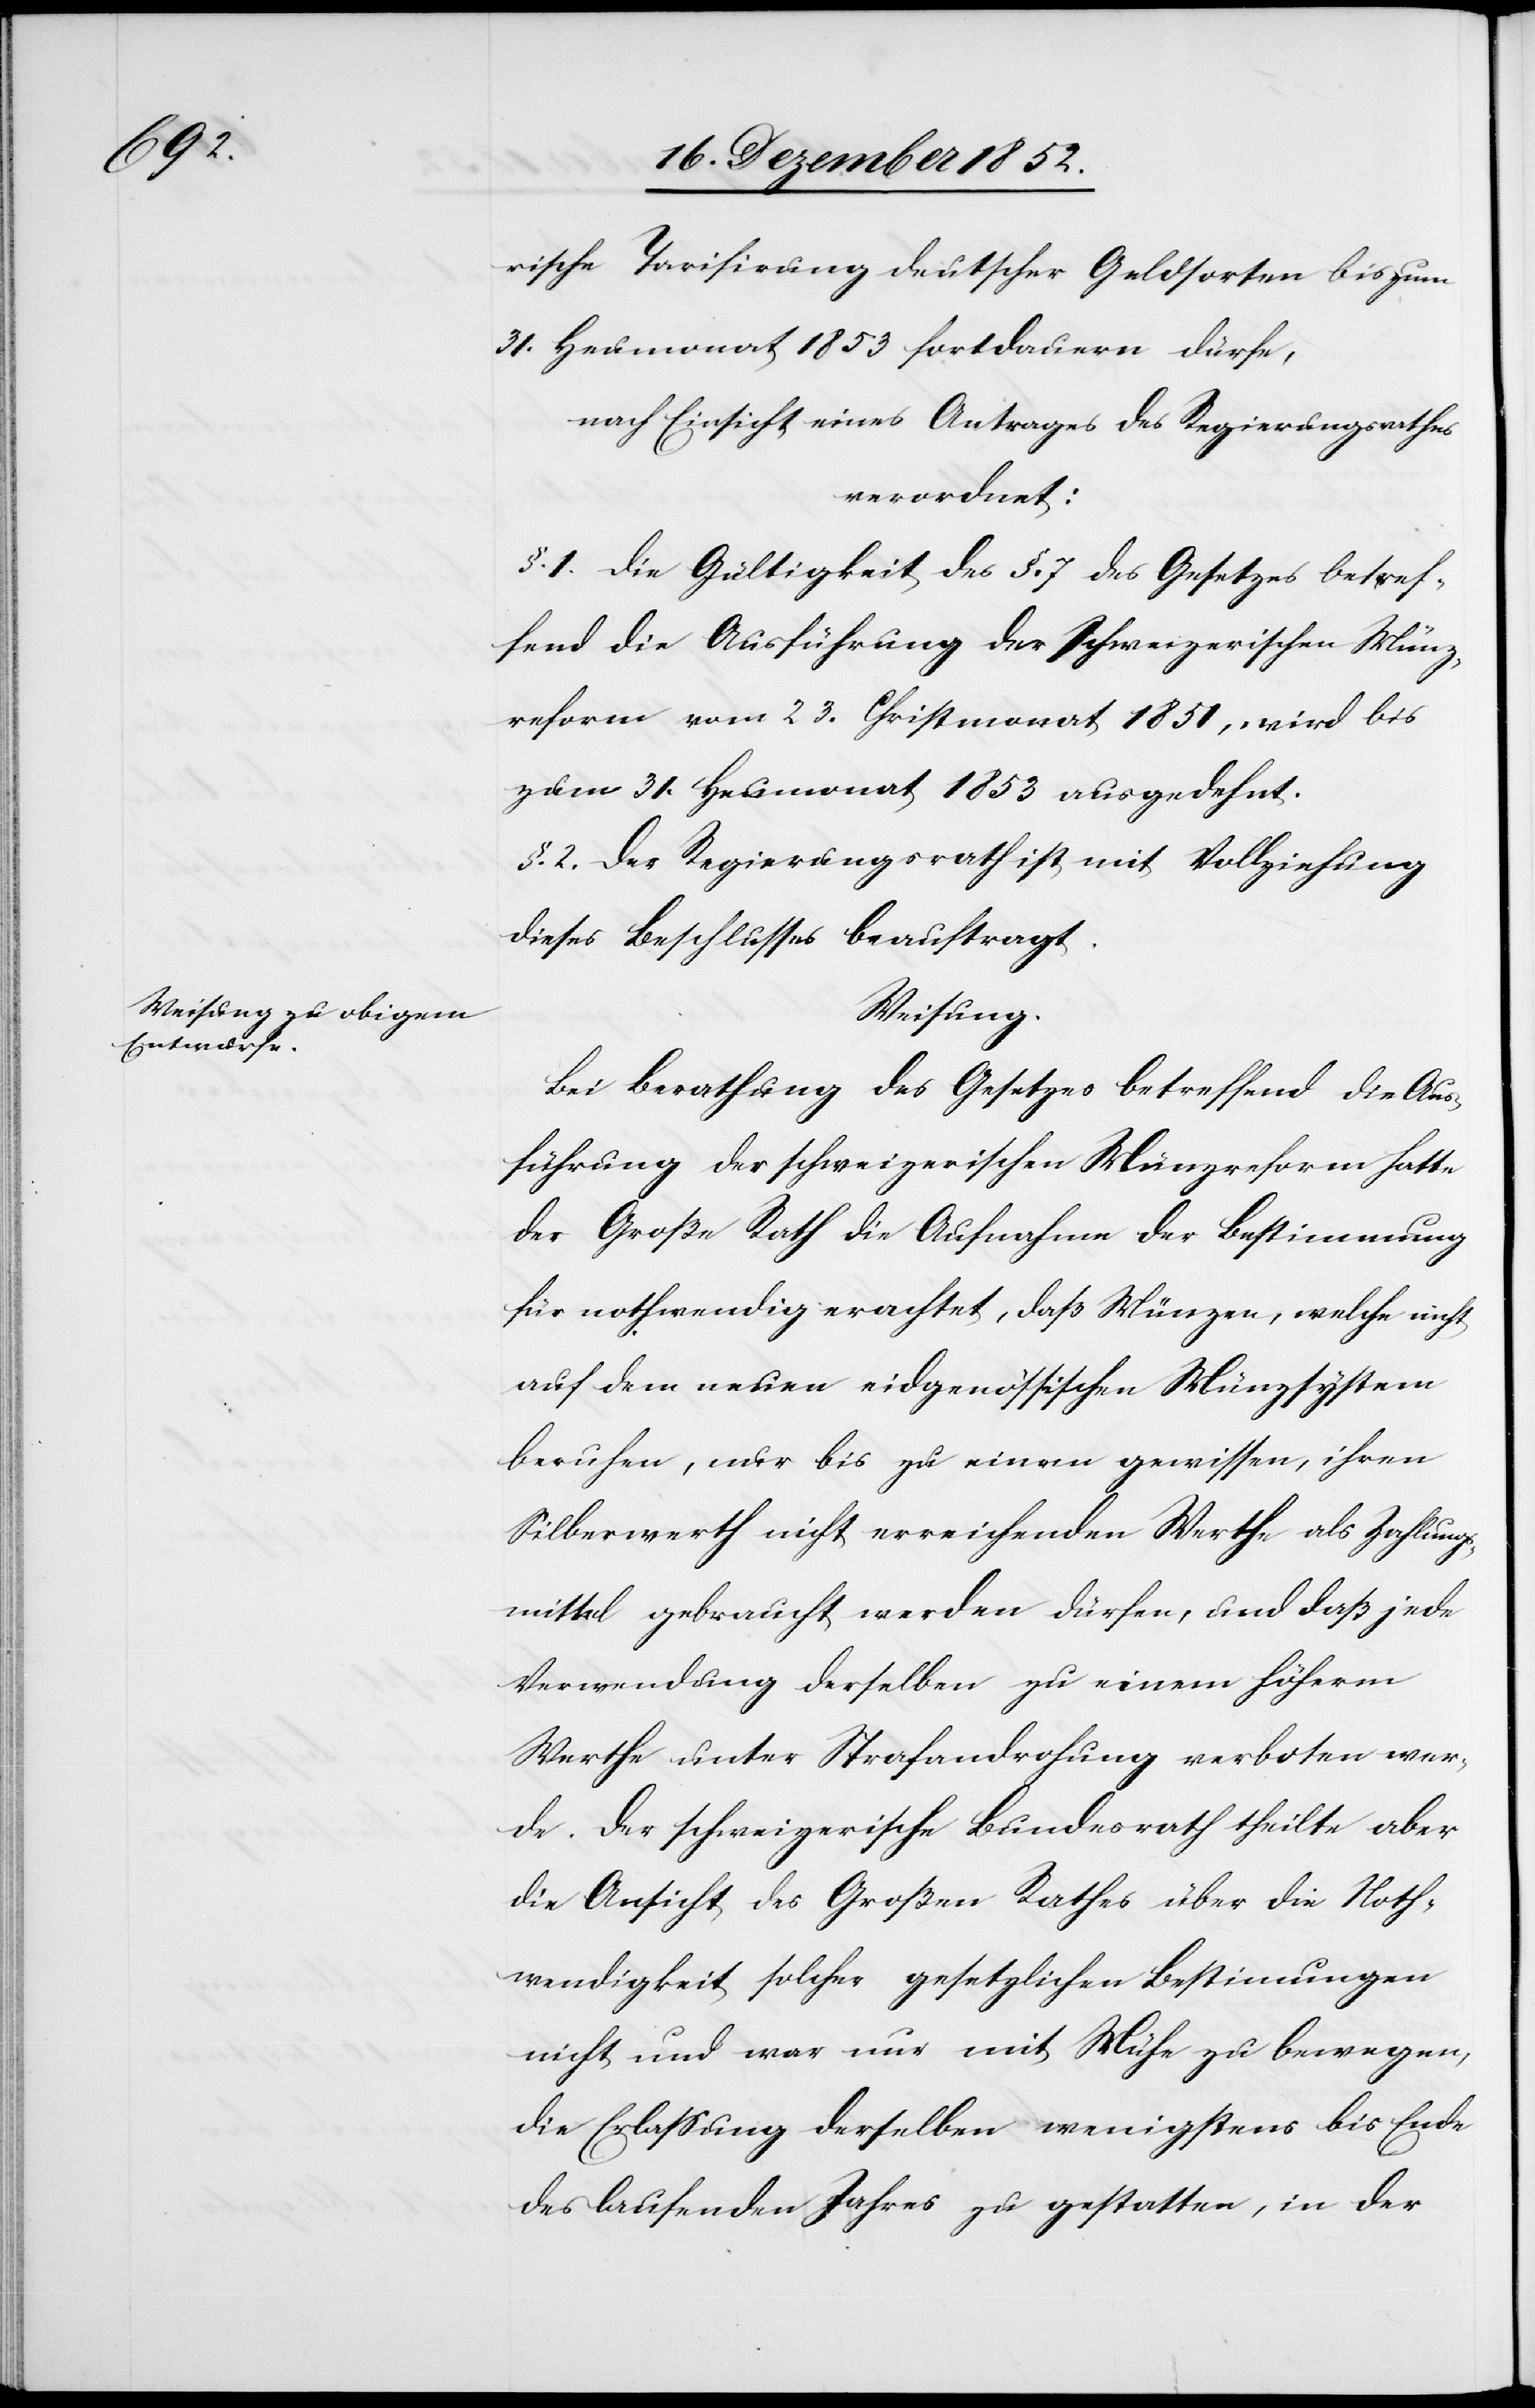
rische Tarifirung deutscher Geldsorten bis zum
31. Heumonat 1853 fortdauern dürfe,
nach Einsicht eines Antrages des Regierungsrathes
verordnet:
§. 1. Die Gültigkeit des §. 7 des Gesetzes betref¬
fend die Ausführung der schweizerischen Münz¬
reform vom 23. Christmonat 1851, wird bis
zum 31. Heumonat 1853 ausgedehnt.
§. 2. Der Regierungsrath ist mit Vollziehung
dieses Beschlusses beauftragt.
Weisung.
Bei Berathung des Gesetzes betreffend die Aus¬
führung der schweizerischen Münzreform hatte
der Große Rath die Aufnahme der Bestimmung
für nothwendig erachtet, daß Münzen, welche nicht
auf dem neuen eidgenössischen Münzsystem
beruhen, nur bis zu einem gewissen, ihren
Silberwerth nicht erreichenden Werthe als Zahlungs¬
mittel gebraucht werden dürfen, und daß jede
Verwendung derselben zu einem höherm
Werthe unter Strafandrohung verboten wer¬
de. Der schweizerische Bundesrath theilte aber
die Ansicht des Großen Rathes über die Noth¬
wendigkeit solcher gesetzlichen Bestim[m]ungen
nicht und war nur mit Mühe zu bewegen,
die Erlassung derselben wenigstens bis Ende
des laufenden Jahres zu gestatten, in der